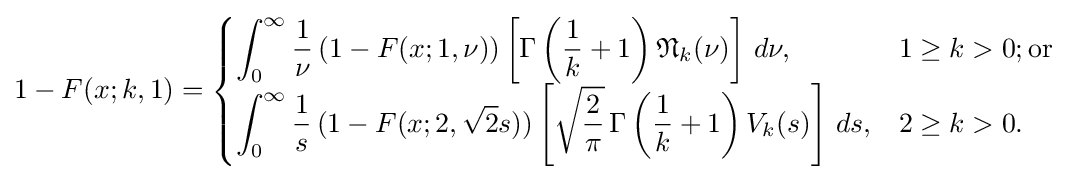
1-F(x;k,1)={\begin{cases}\displaystyle \int _{0}^{\infty }{\frac {1}{\nu }}\,(1-F(x;1,\nu ))\left[\Gamma \left({\frac {1}{k}}+1\right){\mathfrak {N}}_{k}(\nu )\right]\,d\nu ,&1\geq k>0;{\text{or }}\\\displaystyle \int _{0}^{\infty }{\frac {1}{s}}\,(1-F(x;2,{\sqrt {2}}s))\left[{\sqrt {\frac {2}{\pi }}}\,\Gamma \left({\frac {1}{k}}+1\right)V_{k}(s)\right]\,ds,&2\geq k>0.\end{cases}}